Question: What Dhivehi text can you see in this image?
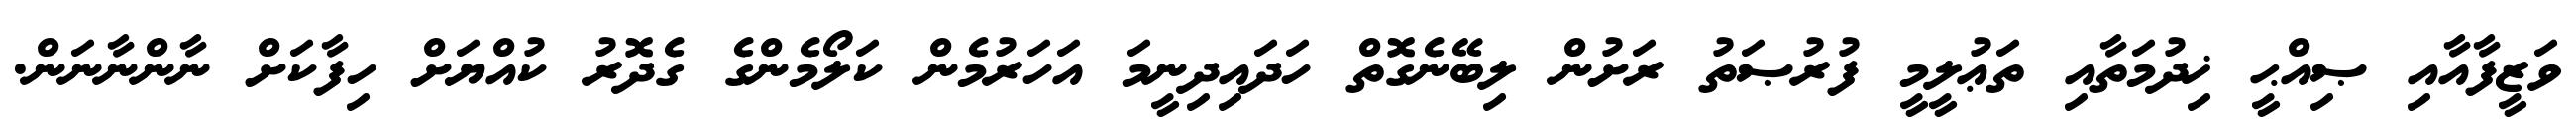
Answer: ވަޒީފާއާއި ޞިއްޙީ ޚިދުމަތާއި ތަޢުލީމީ ފުރުޞަތު ރަށުން ލިބޭނެގޮތް ހަދައިދިނީމަ އަހަރުމެން ކަލޯމެންގެ ގެދޮރު ކުއްޔަށް ހިފާކަށް ނާންނާނަން.